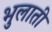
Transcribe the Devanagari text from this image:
भुलाती